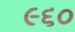
૯૬૦